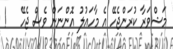
މަޝްވަރާ ކުރަންޖެހޭ އެ މާހައުލު އޮންނަން ވެސް ޖެހޭ   !